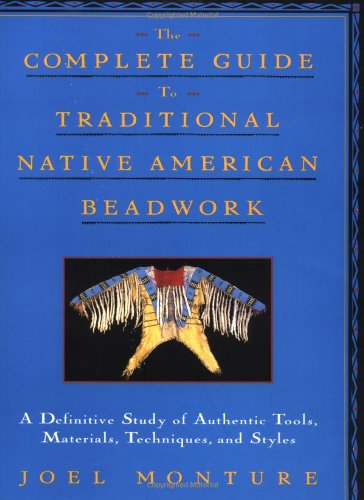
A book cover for The Complete Guide to Traditional Native American Beadwork: A Definitive Study of Authentic Tools, Materials, Techniques, and Styles; Joel Monture; Crafts, Hobbies & Home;